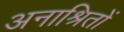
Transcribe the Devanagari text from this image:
अनाश्रितों